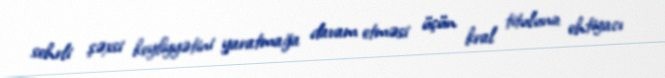
sehrli şəxsi keyfiyyətini yaratmağa davam etməsi üçün kral tituluna ehtiyacı